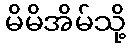
မိမိအိမ်သို့